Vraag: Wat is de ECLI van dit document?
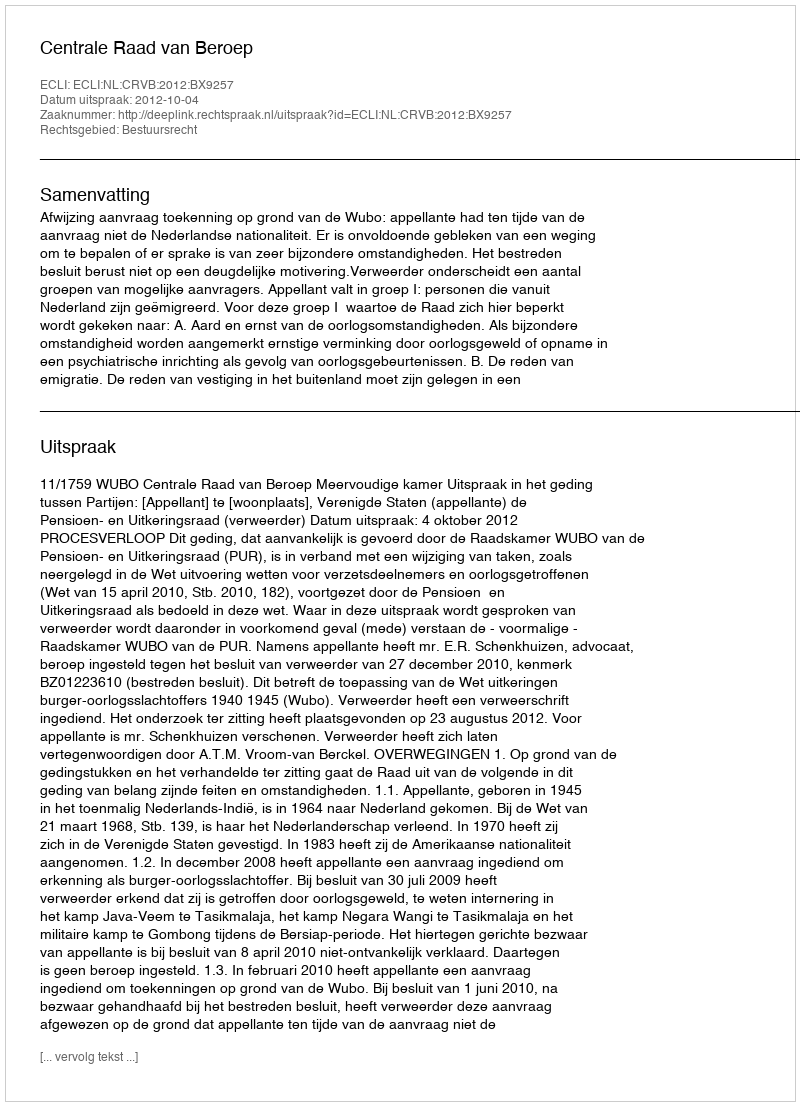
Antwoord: ECLI:NL:CRVB:2012:BX9257